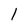
Character: l